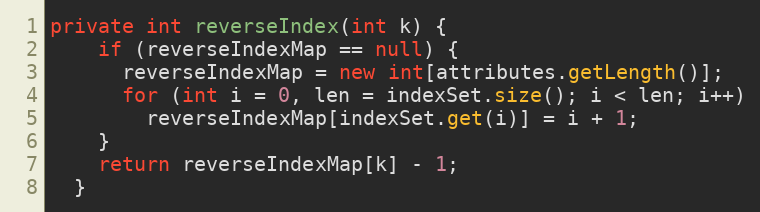
Language: Java
private int reverseIndex(int k) {
    if (reverseIndexMap == null) {
      reverseIndexMap = new int[attributes.getLength()];
      for (int i = 0, len = indexSet.size(); i < len; i++)
        reverseIndexMap[indexSet.get(i)] = i + 1;
    }
    return reverseIndexMap[k] - 1;
  }